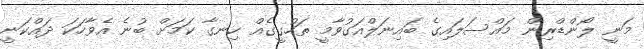
މަނީ ލޯންޑްރިން މައްސަލައިގެ ބައިނަލްއަގުވާމީ ތަހުގީގެއް ހިނގާ ކަމަށް ބުނެ އެވާހަކަ ދައްކަނީ